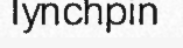
lynchpin